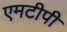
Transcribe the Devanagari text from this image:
एमटीपी